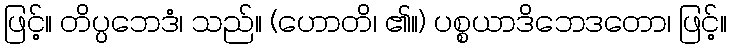
ဖြင့်။ တိပ္ပဘေဒံ၊ သည်။ (ဟောတိ၊ ၏။) ပစ္စယာဒိဘေဒတော၊ ဖြင့်။